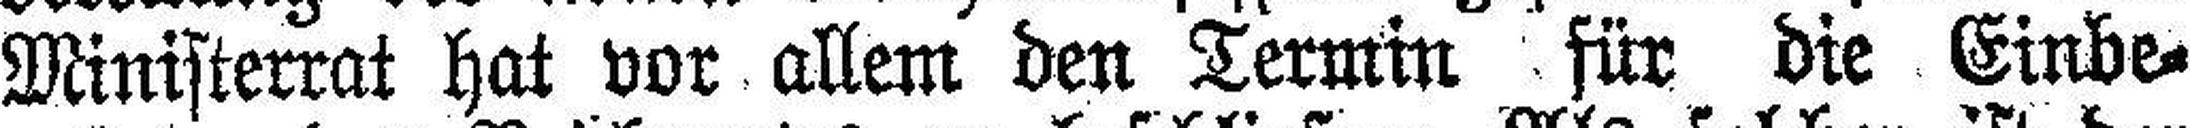
Ministerrat hat vor allem den Termin für die Einbe¬